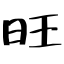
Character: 旺